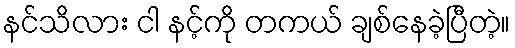
နင်သိလား ငါ နင့်ကို တကယ် ချစ်နေခဲ့ပြီတဲ့။